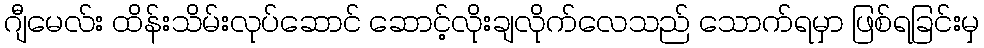
ဂျီမေလ်း ထိန်းသိမ်းလုပ်ဆောင် ဆောင့်လိုးချလိုက်လေသည် သောက်ရမှာ ဖြစ်ရခြင်းမှ